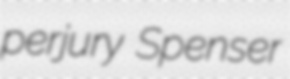
perjury Spenser